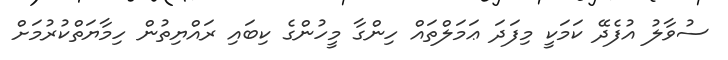
ސުވާލު އުފެދޭ ކަމަކީ މިފަދަ ޢަމަލްތައް ހިންގާ މީހުންގެ ކިބައި ރައްޔިތުން ހިމާޔަތްކުރުމަށް